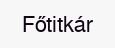
Főtitkár